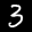
Label: 3